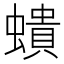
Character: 𧑋